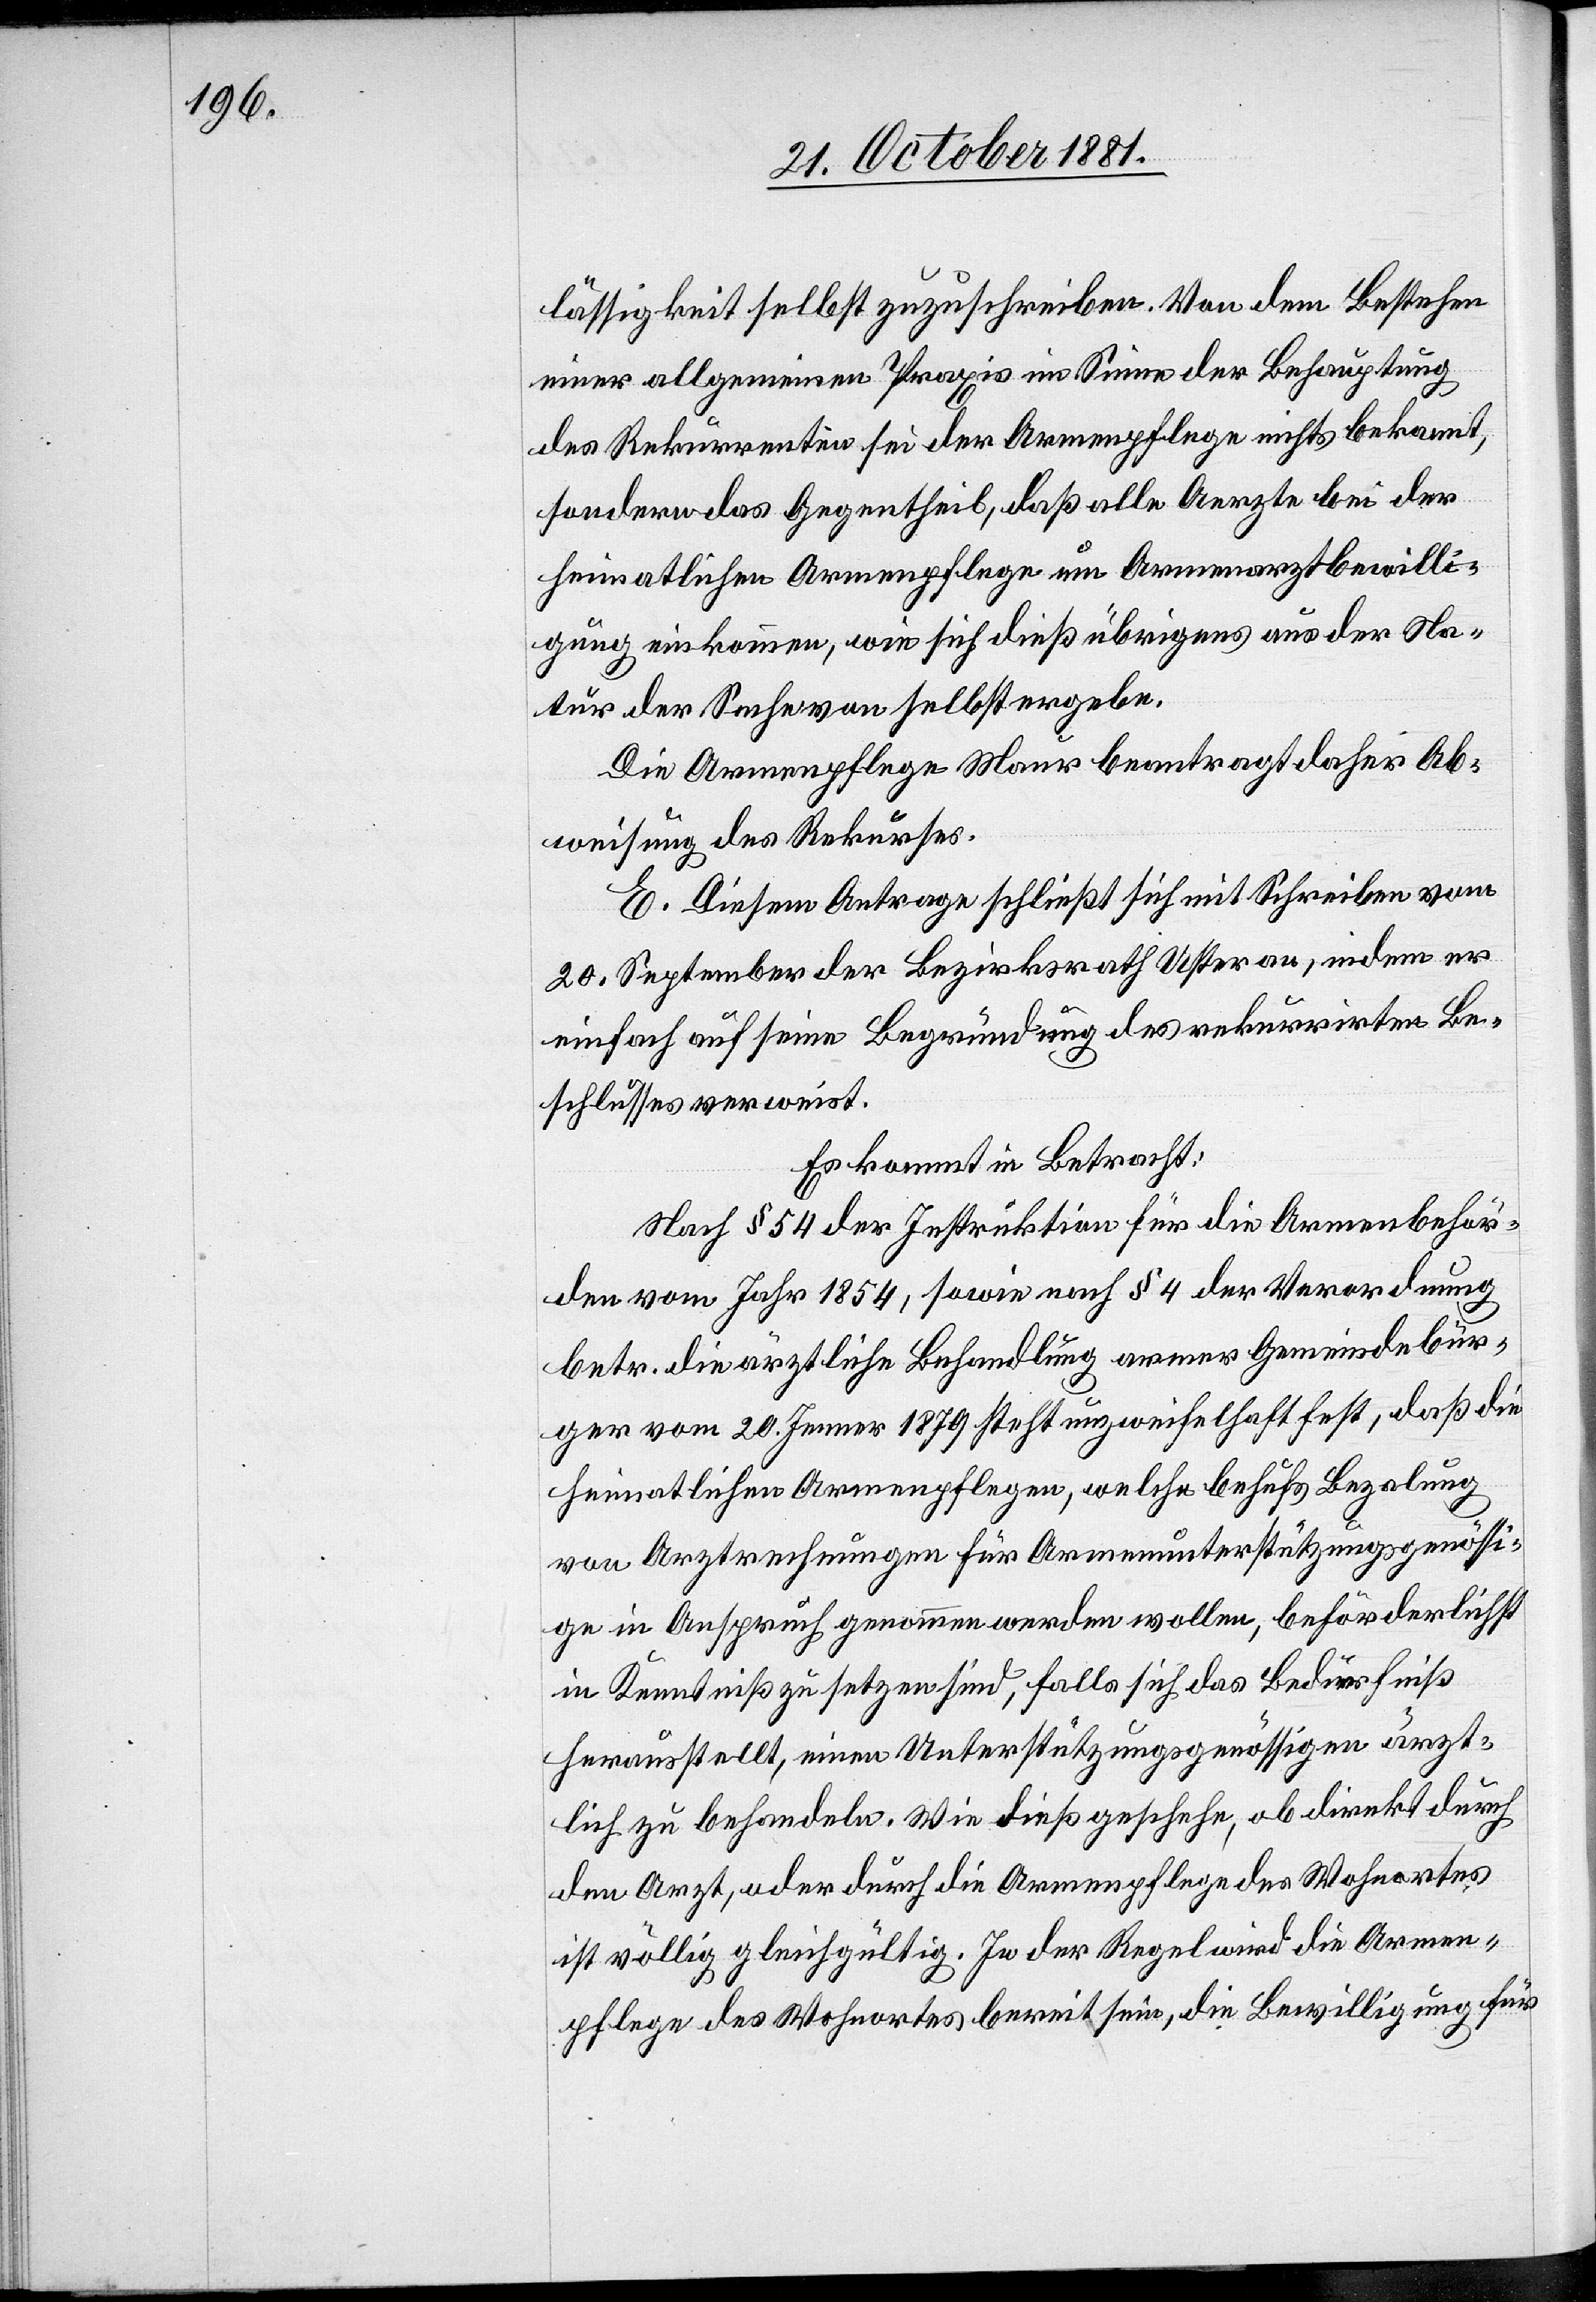
lässigkeit selbst zuzuschreiben. Von dem Bestehen
einer allgemeinen Praxis im Sinne der Behauptung
des Rekurrenten sei der Armenpflege nichts bekannt,
sondern das Gegentheil, daß alle Aerzte bei der
heimathlichen Armenpflege um Armenarztbewilli¬
gung einkommen, wie sich dieß übrigens aus der Na¬
tur der Sache von selbst ergebe.
Die Armenpflege Maur beantragt daher Ab¬
weisung des Rekurses.
E. Diesem Antrage schließt sich mit Schreiben vom
20. September der Bezirksrath Uster an, indem er
einfach auf seine Begründung des rekurrirten Be¬
schlusses verweist.
Es kommt in Betracht:
Nach § 54 der Instruktion für die Armenbehör¬
den vom Jahr 1854, sowie nach § 4 der Verordnung
betr. die ärztliche Behandlung armer Gemeindebür¬
ger vom 20. Januar 1879 steht unzweifelhaft, daß die
heimatliche Armenpflege, welche behufs Bezalung
von Arztrechnungen für Armenunterstützungsgenössi¬
ge in Anspruch genommen werden wollen, beförderlichst
in Kenntniß zu setzen sind, falls sich das Bedürfniß
herausstellt, einen Unterstützungsgenössigen ärzt¬
lich zu behandeln. Wie dieß geschehe, ob direkt durch
den Arzt, oder durch die Armenpflege des Wohnortes
ist völlig gleichgültig. In der Regel wird die Armen¬
pflege das Wohnortes bereit sein, die Bewilligung für